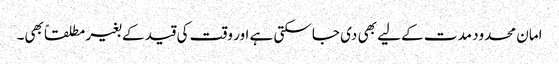
امان محدود مدت کے لیے بھی دی جاسکتی ہے اور وقت کی قید کے بغیر مطلقاً بھی۔